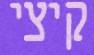
קיצי